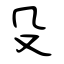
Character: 殳